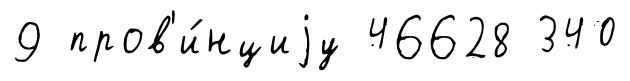
9 пров'и́нциjу 46628 340